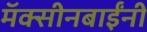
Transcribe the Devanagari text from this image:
मॅक्सीनबाईंनी